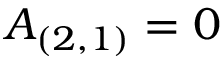
A _ { ( 2 , 1 ) } = 0